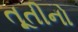
તૂતીનો